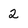
Character: 2